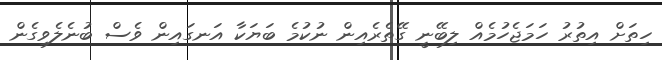
ހިތަށް އިތުރު ހަމަޖެހުމެއް ލިބޭނީ ގޭތެރެއިން ނުކުމެ ބަޔަކާ އަނގައިން ވެސް ބުނެލެވިގެން